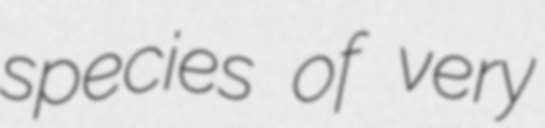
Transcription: species of very